Lunatic asylums Punjab 1881-1894 - 1881-1894
Year: 1881
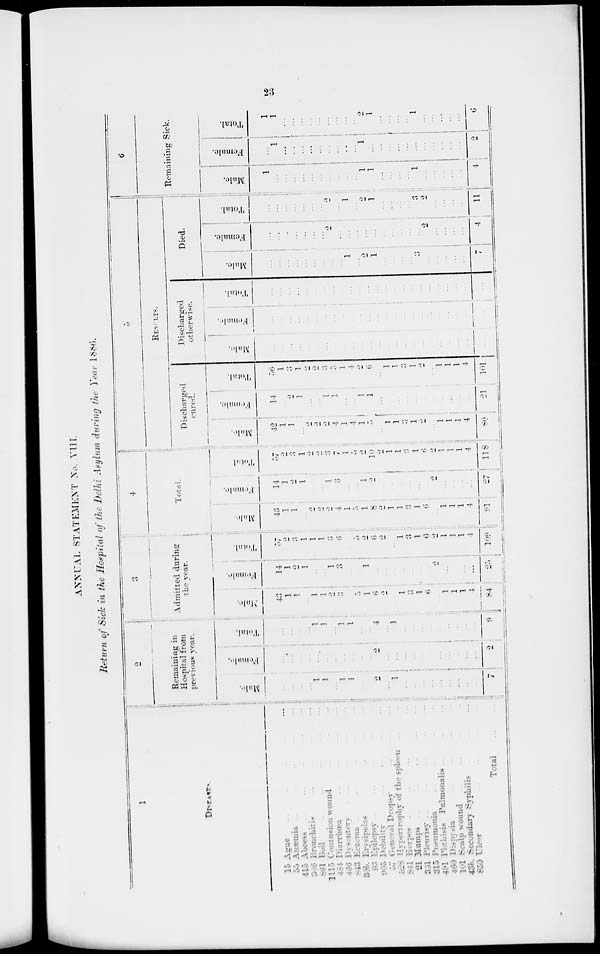
23
ANNUAL STATEMENT No. VIII.
Return of Sick in the Hospital of the Delhi Asylum during the Year 1886.
1
DISEASES.
15 Ague ... ... ... ... ...
55 Anæmia ... ... ... ... ...
415 Abcess ... ... ... ... ...
306 Bronchitis ... ... ... ... ...
861 Boil
...
...
...
...
...
1115 Conmsion wound ... ... ... ... ...
484 Diarrhœa
...
...
...
...
...
466
Dysentery
...
...
...
...
...
843 Eczema
...
...
...
...
...
30b.
Erysipelas
...
...
...
...
...
93 Epilepsy ... ... ... ... ...
905 Debility
...
...
...
...
...
57 General Dropsy ... ... ... ... ...
528 Hypertrophy of the spleen ... ... ... ... ...
841 Herpes
...
...
...
...
...
21 Mumps
...
...
...
...
...
331 Pleurisy
...
...
...
...
...
315 Pneumonia
...
...
...
...
...
491 Phthisis Pulmonalis ... ... ... ... ...
460 Dispysia
...
...
...
...
...
101 Scalp wound
...
...
...
...
...
43b. Secondary Syphilis ... ... ... ... ...
850 Ulcer ... ... ... ... ...
Total ... ...
2
Remaining in
Hospital from
previous year.
Male.
...
...
...
...
1
1
...
1
1
...
...
2
...
1
...
... ...
...
...
...
...
...
...
7
Female.
...
... ... ...
...
...
...
...
...
...
...
2
...
...
...
...
...
...
...
...
...
...
...
2
Total.
...
...
...
...
1
1
...
1
1
...
...
4
...
1
...
...
...
...
...
...
...
...
...
9
3
Admitted during
the year.
Male.
43
1
1
...
1
1
2
3
...
5
1
6
2
...
1
3
1
6
...
1
1
1
4
84
Femal e.
14
1
2
1
...
...
1
3
...
...
1
...
...
...
...
...
...
...
2
...
...
...
...
25
Tot al .
57
2
3
1
l
1
3
6
...
5
2
6
2
...
1
3
1
6
2
1
1
1
4
109
4
Total.
Male.
43
1
1
...
2
2
2
4
1
5
1
8
2
1
1
3
1
6
...
1
1
1
4
91
Female.
14
1
2
1
...
...
1
3
...
...
1
2
...
...
...
...
...
...
2
...
...
...
...
27
Total.
57
2
3
1
2
2
3
7
1
5
2
10
2
1
1
3
1
6
2
1
1
1
4
118
5
RESULTS.
Discharged
cured.
Mal e.
42
1
1
...
2
2
2
4
1
4
1
5
...
1
1
3
1
2
...
1
1
1
4
80
Femal e.
14
...
2
1
...
...
1
1
...
...
1
1
...
...
...
...
...
...
...
...
...
...
...
21
Total.
56
1
3
1
2
2
3
5
1
4
2
6
...
1
1
3
1
2
...
1
1
1
4
101
Discharge
otherwise.
Mal e.
...
...
...
...
...
...
...
...
...
...
...
...
...
...
...
...
...
...
...
...
...
...
...
...
Female.
...
...
...
...
...
...
...
...
...
...
...
...
...
...
...
...
...
...
...
...
...
...
...
...
Total.
...
...
...
...
...
...
...
...
...
...
...
...
...
...
...
...
...
...
...
...
...
...
...
...
Died.
Male.
...
...
...
...
...
...
...
...
...
1
...
2
1
...
...
...
...
3
...
...
...
...
...
7
Female.
...
...
...
...
...
...
...
2
...
...
...
...
...
...
...
...
...
...
2
...
...
...
...
4
Total.
...
...
...
...
...
...
...
2
...
1
...
2
1
...
...
...
...
3
2
...
...
...
...
11
6
Remaining Sick.
Male.
1
...
...
...
...
...
...
...
...
...
...
1
1
...
...
...
...
1
...
...
...
...
...
4
Female.
...
1
...
...
...
...
...
...
...
...
...
1
...
...
...
...
...
...
...
...
...
...
...
2
Total.
1
1
...
...
...
..
...
...
...
...
...
2
1
...
...
...
...
1
...
...
...
...
...
6